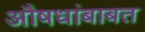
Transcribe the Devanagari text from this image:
औषधांबाबत